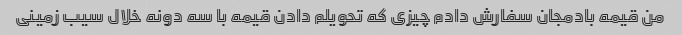
من قیمه بادمجان سفارش دادم چیزی که تحویلم دادن قیمه با سه دونه خلال سیب زمینی